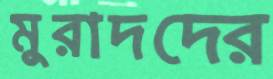
মুরাদদের